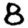
Digit: 8